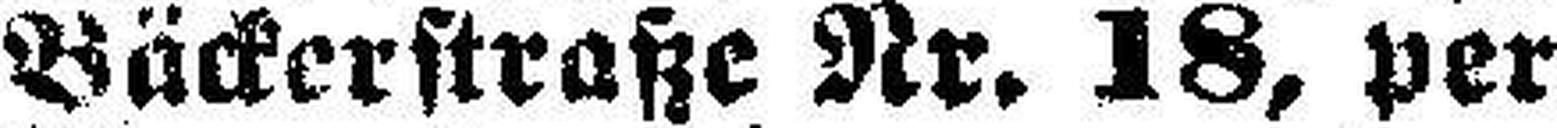
Bäckerstraße Nr. 18, per